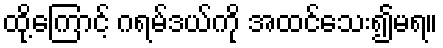
ထို့ကြောင့် ဂရမ်ဒယ်ကို အထင်သေး၍မရ။